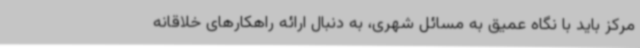
مرکز باید با نگاه عمیق به مسائل شهری، به دنبال ارائه راهکارهای خلاقانه